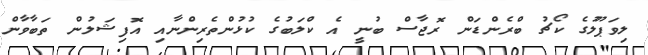
ލިވަޕޫލުގެ ކޯޗު ބްރެންޑަން ރޮޖާސް ބުނީ އެ ކްލަބުގެ ކުޅުންތެރިންނާއި އޮފިޝަލުން ތަބާވާން